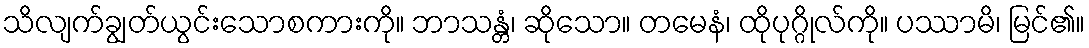
သိလျက်ချွတ်ယွင်းသောစကားကို။ ဘာသန္တံ၊ ဆိုသော။ တမေနံ၊ ထိုပုဂ္ဂိုလ်ကို။ ပဿာမိ၊ မြင်၏။